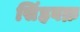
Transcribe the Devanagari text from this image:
सिंहवक्र